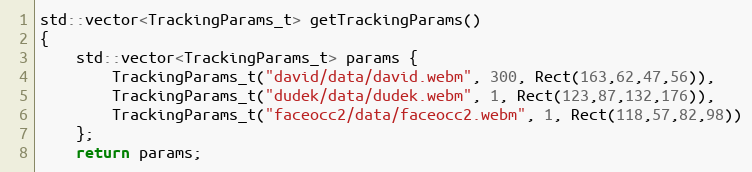
Language: C++
std::vector<TrackingParams_t> getTrackingParams()
{
    std::vector<TrackingParams_t> params {
        TrackingParams_t("david/data/david.webm", 300, Rect(163,62,47,56)),
        TrackingParams_t("dudek/data/dudek.webm", 1, Rect(123,87,132,176)),
        TrackingParams_t("faceocc2/data/faceocc2.webm", 1, Rect(118,57,82,98))
    };
    return params;